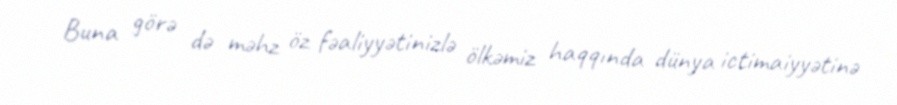
Buna görə də məhz öz fəaliyyətinizlə ölkəmiz haqqında dünya ictimaiyyətinə